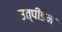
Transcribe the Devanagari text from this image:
उत्पीडऩ